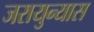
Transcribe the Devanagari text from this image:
जरायुन्यास